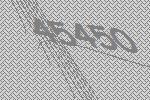
45450